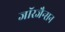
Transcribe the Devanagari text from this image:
जॉरजैन्सन